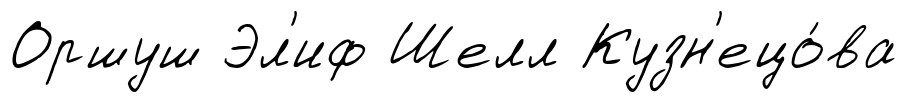
Оршуш Эл'иф Шелл Кузн'ецо́ва